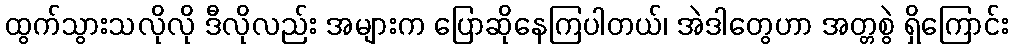
ထွက်သွားသလိုလို ဒီလိုလည်း အများက ပြောဆိုနေကြပါတယ်၊ အဲဒါတွေဟာ အတ္တစွဲ ရှိကြောင်း